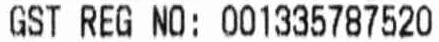
GST REG NO: 001335787520